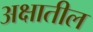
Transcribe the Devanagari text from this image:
अक्षातील